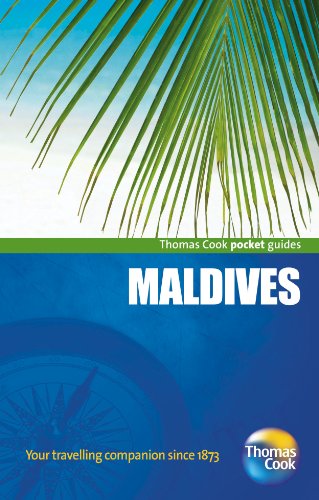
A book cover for Maldives (Pocket Guides); Stowe; Travel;